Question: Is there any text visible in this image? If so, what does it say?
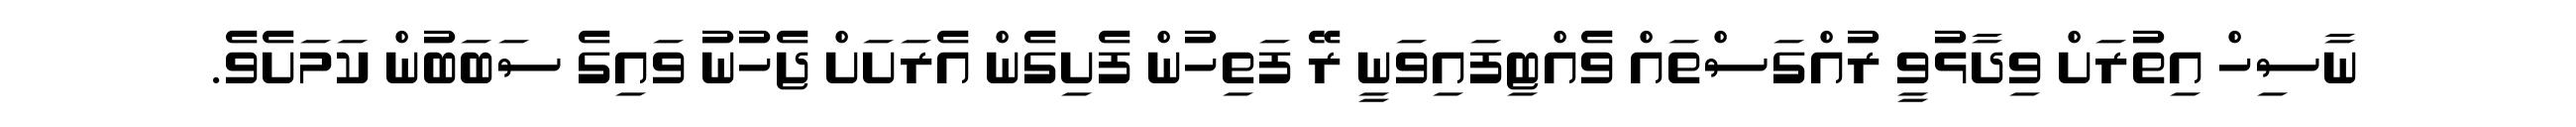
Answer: ނާސިހް އިތުރަށް ވިދާޅުވީ ރުއްގަސްތައް ވެއްޓިފައިވަނީ ރޭ ފަތިހުން ފެށިގެން އެރަށަށް ޖެހުނު ވައިގެ ސަބަބުން ކަމަށެވެ.